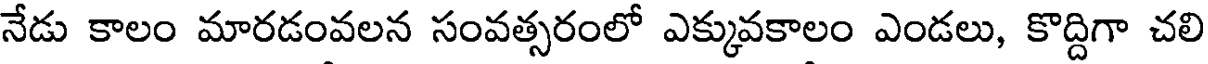
నేడు కాలం మారడంవలన సంవత్సరంలో ఎక్కువకాలం ఎండలు, కొద్దిగా చలి